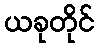
ယခုတိုင်